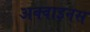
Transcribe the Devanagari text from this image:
अक्वाइनस